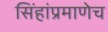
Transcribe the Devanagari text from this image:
सिंहांप्रमाणेच